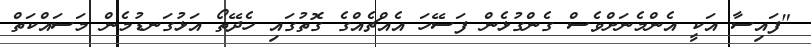
"ފައިސާ އަކީ އެންމެނަށްވެސް ގެންގުޅެން ފަސޭހަ އެއްޗެއްގެ ގޮތުގައި ހެދޭތޯ އަޅުގަނޑުމެން މަސައްކަތް